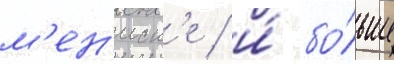
м'ен'иск'е / и́ бо́льше